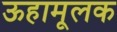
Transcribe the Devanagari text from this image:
ऊहामूलक